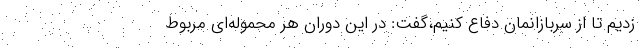
زدیم تا از سربازانمان دفاع کنیم،گفت: در این دوران هر محموله‌ای مربوط